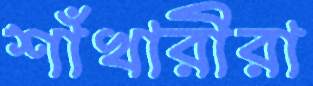
শাঁখারীরা